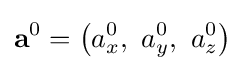
\mathbf {a} ^{0}=\left(a_{x}^{0},\ a_{y}^{0},\ a_{z}^{0}\right)